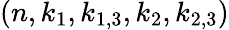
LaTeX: (n,k_{1},k_{1,3},k_{2},k_{2,3})